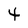
Character: 4